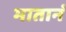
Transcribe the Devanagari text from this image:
मातानं